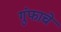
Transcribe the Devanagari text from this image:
गुंफाचे